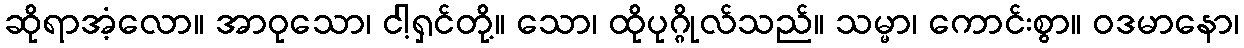
ဆိုရာအံ့လော။ အာဝုသော၊ ငါ့ရှင်တို့။ သော၊ ထိုပုဂ္ဂိုလ်သည်။ သမ္မာ၊ ကောင်းစွာ။ ဝဒမာနော၊